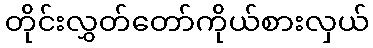
တိုင်းလွှတ်တော်ကိုယ်စားလှယ်